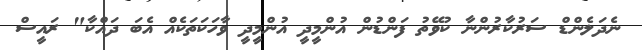
ނެދަލެންޑް ސަރުކާރުންނާ ކުވޭތު ފަންޑުން އުންމީދީ އުންމީދީ ވާހަކަތަކެއް އެބަ ދައްކާ" ރައީސް